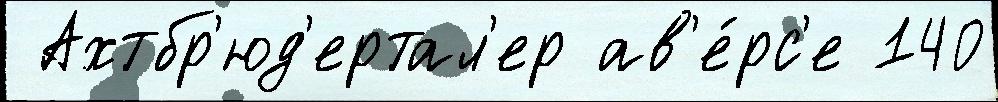
 Ахтбр'юд'ертал'ер ав'е́рс'е 140